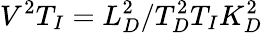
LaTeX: V^{2}T_{I}=L_{D}^{2}/T_{D}^{2}T_{I}K_{D}^{2}